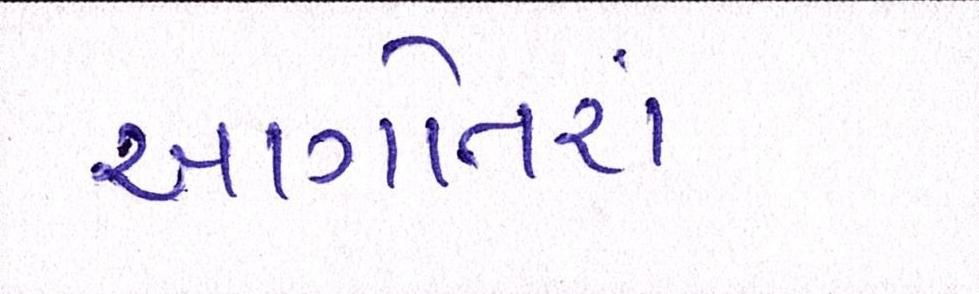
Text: આગોતરાં